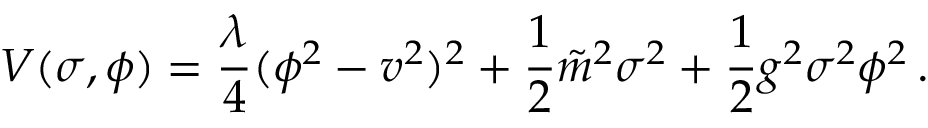
V ( \sigma , \phi ) = { \frac { \lambda } { 4 } } ( \phi ^ { 2 } - v ^ { 2 } ) ^ { 2 } + { \frac { 1 } { 2 } } \tilde { m } ^ { 2 } \sigma ^ { 2 } + { \frac { 1 } { 2 } } g ^ { 2 } \sigma ^ { 2 } \phi ^ { 2 } \, .